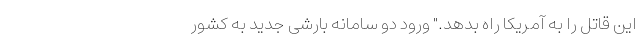
این قاتل را به آمریکا راه بدهد." ورود دو سامانه بارشی جدید به کشور